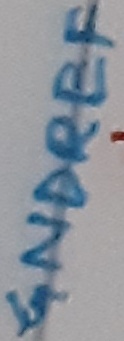
Text: GNDREF